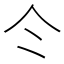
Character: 仒